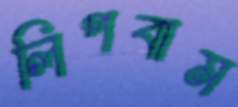
লিপবাম